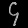
Digit: ၄